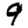
Digit: 9